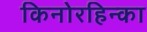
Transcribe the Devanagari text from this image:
किनोरहिन्का